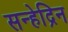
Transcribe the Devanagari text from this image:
सन्हेद्रिन